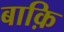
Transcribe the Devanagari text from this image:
बाक़ि